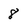
Character: 8